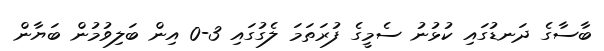
ބާސާގެ ދަނޑުގައި ކުޅުނު ސެމީގެ ފުރަތަމަ ލެގުގައި 3-0 އިން ބަލިވުމުން ބަޔާން